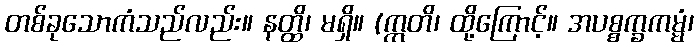
တစ်ခုသောကံသည်လည်း။ နတ္ထိ၊ မရှိ။ (ဣတိ၊ ထို့ကြောင့်။ အပစ္စက္ခကမ္မံ၊